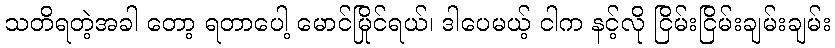
သတိရတဲ့အခါ တော့ ရတာပေါ့ မောင်မြိုင်ရယ်၊ ဒါပေမယ့် ငါက နင့်လို ငြိမ်းငြိမ်းချမ်းချမ်း